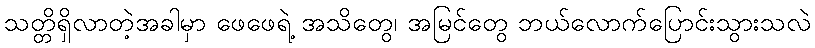
သတ္တိရှိလာတဲ့အခါမှာ ဖေဖေရဲ့ အသိတွေ၊ အမြင်တွေ ဘယ်လောက်ပြောင်းသွားသလဲ